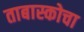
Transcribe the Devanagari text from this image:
ताबास्कोचा